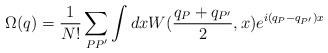
\begin{align*}\Omega(q)=\frac1{N!} \sum_{PP'} \int dx W(\frac{q_P+q_{P'}}2 ,x)e^{i(q_P-q_{P'})x}\end{align*}